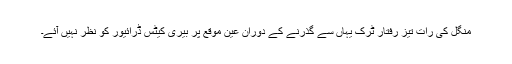
منگل کی رات تیز رفتار ٹرک یہاں سے گذرنے کے دوران عین موقع پر بیری کیٹس ڈرائیور کو نظر نہیں آئے۔